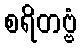
စရိတဗ္ဗံ